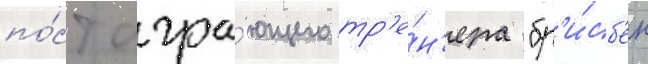
по́ст игра́ющего тр'е́н'ера "бр'и́сб'ен